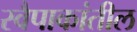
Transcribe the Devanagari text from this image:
स्वैपाकांतील